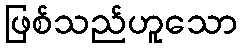
ဖြစ်သည်ဟူသော